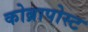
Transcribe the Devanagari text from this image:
कोब्रापोस्ट